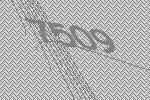
7509